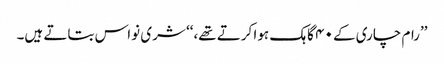
’’رام چاری کے ۴۰ گاہک ہوا کرتے تھے،‘‘ شری نواس بتاتے ہیں۔